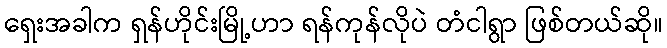
ရှေးအခါက ရှန်ဟိုင်းမြို့ဟာ ရန်ကုန်လိုပဲ တံငါရွာ ဖြစ်တယ်ဆို။